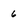
Character: 6